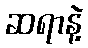
ဆရာနဲ့